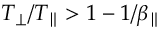
T _ { \perp } / T _ { \parallel } > 1 - 1 / \beta _ { \parallel }